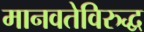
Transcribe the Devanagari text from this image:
मानवतेविरुद्ध